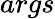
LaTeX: args